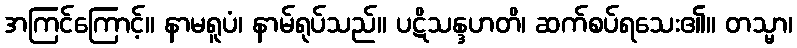
အကြင်ကြောင့်။ နာမရူပံ၊ နာမ်ရုပ်သည်။ ပဋိသန္ဒဟတိ၊ ဆက်စပ်ရသေး၏။ တသ္မာ၊